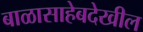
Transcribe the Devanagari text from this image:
बाळासाहेबदेखील